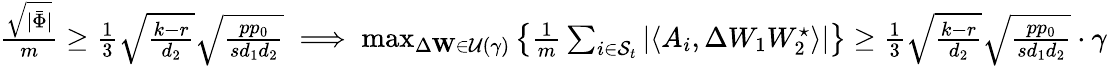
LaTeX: \begin{array}{r}{\frac{\sqrt{|\bar{\Phi}|}}{m}\geq\frac{1}{3}\sqrt{\frac{k-r}{d_{2}}}\sqrt{\frac{pp_{0}}{sd_{1}d_{2}}}\implies\operatorname*{max}_{\Delta\mathbf{W}\in\mathcal{U}(\gamma)}\left\{ \frac{1}{m}\sum_{i\in{\mathcal{S}_{t}}}|\langle A_{i},\Delta W_{1}W_{2}^{\star}\rangle|\right\} \geq\frac{1}{3}\sqrt{\frac{k-r}{d_{2}}}\sqrt{\frac{pp_{0}}{sd_{1}d_{2}}}\cdot\gamma}\end{array}